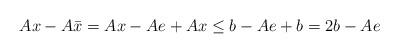
LaTeX: \begin{align*}Ax - A\bar x = Ax -Ae + Ax \leq b - Ae + b = 2b -Ae\end{align*}